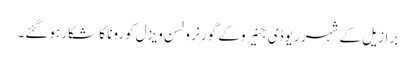
برازیل کے شہر ریوڈی جنیرو کے گورنر ولسن ویزل کورونا کا شکار ہوگئے۔